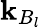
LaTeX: \mathbf{k}_{B_{l}}